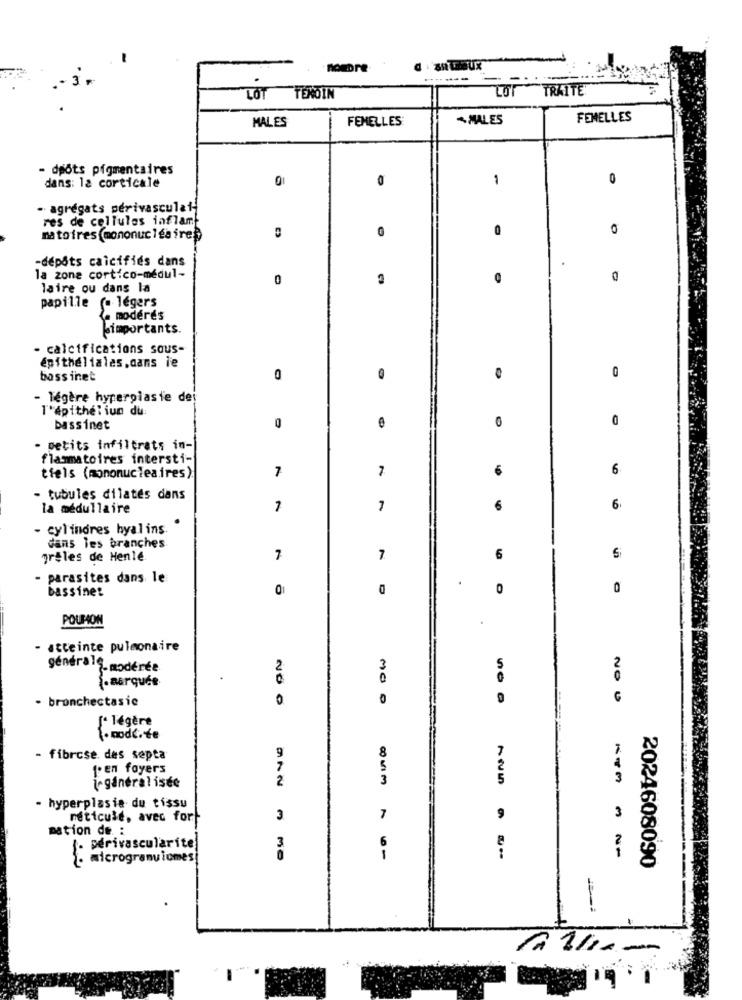
nomore
----
LOT TENOIN
TRAITE
MALES
FEMELLES
+MALES
FEMELLES
- døôts pigmentaires
1
0
dans: 12 corticale
- agrégats périvasculat
res de cellules inflamt
0
0
matoires mononucléaire
-dépôts caicifiés dans
la zone cortico-medul-
0
laire ou dans la
papille (a légers
- modérés
Jimportants.
- calcifications sous-
epithelialas,dans le
bassinet
0
0
- légère hyperplasie dei
T'Apithel iun du
0
bassinet
petits infiltrats in-
flammatoires intersti-
7
6
6
tiels (mononucleaires).
- tubules dilatés dans
la médullaire
7
7
€
- cylindres hyalins.
dans les branches
Treles de Henlé
7
6
S
- parasites dans le
bassinet
O
0
POUPON
- atteinte pulmonaire
générale modérée
2
3
-aarqués
bronchectasic
0
20 0
[* légère
1. mode.te
9
- fibrose, des septa
fen foyers
7
2
i-généralisée
- hyperplasie du tissu
3
méticule, avec for
3
7
mation de. :
6
{- perivascularite
3
. microgramviomes
1
2024608090